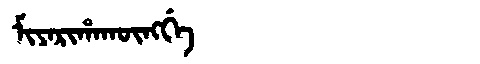
Manchu: ᠮᡳᠶᠠᡵᡳᡥᠠᡴᡡᠩᡤᡝ
Romanization: MIYARIHAKŪNGGE